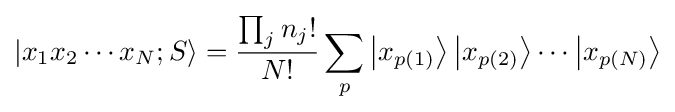
|x_{1}x_{2}\cdots x_{N};S\rangle ={\frac {\prod _{j}n_{j}!}{N!}}\sum _{p}\left|x_{p(1)}\right\rangle \left|x_{p(2)}\right\rangle \cdots \left|x_{p(N)}\right\rangle